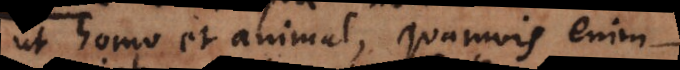
ut homo et animal, quamvis enim